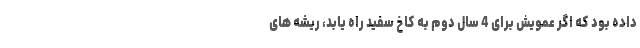
داده بود که اگر عمویش برای 4 سال دوم به کاخ سفید راه یابد، ریشه های